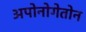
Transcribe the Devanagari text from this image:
अपोनोगेतोन